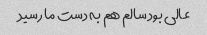
عالی بود سالم هم به دست ما رسید